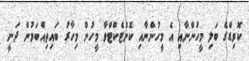
ކޮވިޑްގެ ބަލި މީހުންނާއި އެ މީހުންނާއި ކޮންޓެކްޓްވާ މީހުން މިހާރު ބައިތިއްބަމުން ދަނީ